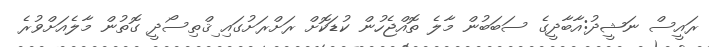
ރައީސް ނަޝީދު:އާބާދީގެ ސަބަބުން މާލެ ތޮއްޖެހުން ކުޑަކޮށް ރަށްރަށުގައި ިޤްތިސޯދީ ގޮތުން މާލެއަށްވުރެ